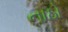
નાઠો